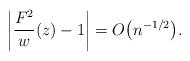
LaTeX: \begin{align*} \left\vert \frac{F^2}{w}(z) -1\right\vert = O\big(n^{-1/2}\big).\end{align*}